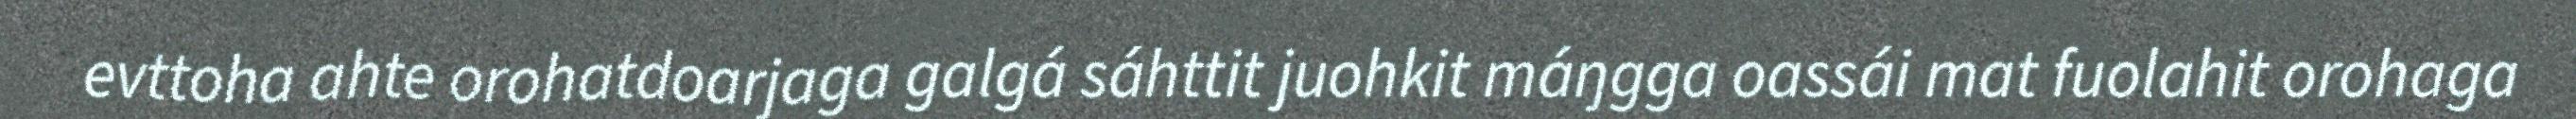
evttoha ahte orohatdoarjaga galgá sáhttit juohkit máŋgga oassái mat fuolahit orohaga